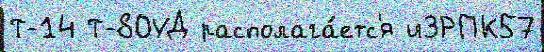
Т-14 Т-80УД располага́етс'я иЗРПК57